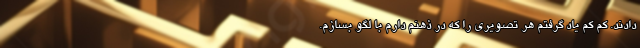
دادند. کم کم یاد گرفتم هر تصویری را که در ذهنم دارم با لگو بسازم.